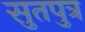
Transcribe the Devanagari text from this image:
सुतपुत्र